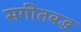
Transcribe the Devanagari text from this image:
सगीतबद्ध